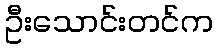
ဦးသောင်းတင်က